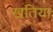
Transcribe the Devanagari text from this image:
खतिया